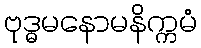
ဗုဒ္ဓမနောမနိက္ကမံ